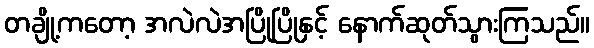
တချို့ကတော့ အလဲလဲအပြိုပြိုနှင့် နောက်ဆုတ်သွားကြသည်။